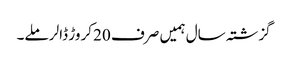
گزشتہ سال ہمیں صرف 20 کروڑ ڈالر ملے۔